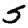
Digit: 5